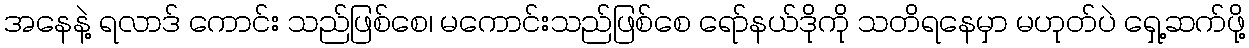
အနေနဲ့ ရလာဒ် ကောင်း သည်ဖြစ်စေ၊ မကောင်းသည်ဖြစ်စေ ရော်နယ်ဒိုကို သတိရနေမှာ မဟုတ်ပဲ ရှေ့ဆက်ဖို့